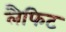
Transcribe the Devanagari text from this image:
लैफिट